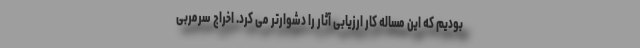
بودیم که این مساله کار ارزیابی آثار را دشوارتر می کرد. اخراج سرمربی